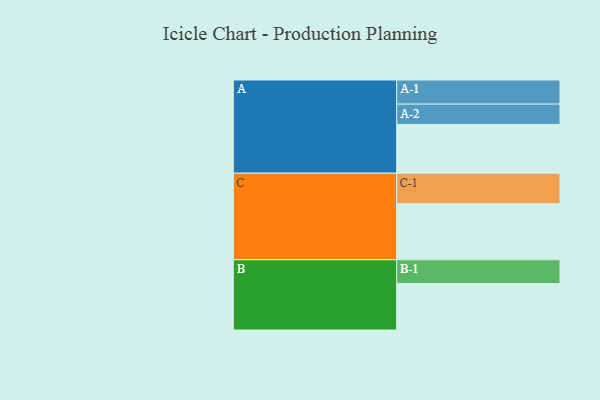
{"axis": {"x": "Segment", "y": "Value"}, "legend": ["", "A", "B", "C"], "data": [{"x": "A", "y": 437, "type": ""}, {"x": "B", "y": 416, "type": ""}, {"x": "C", "y": 502, "type": ""}, {"x": "A-1", "y": 216, "type": "A"}, {"x": "A-2", "y": 182, "type": "A"}, {"x": "B-1", "y": 213, "type": "B"}, {"x": "C-1", "y": 273, "type": "C"}]}